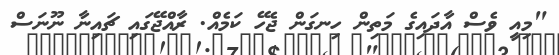
"މިއީ ވެސް އާދައިގެ މަތިން ހިނގަން ޖެހޭ ކަމެއް. ރާއްޖޭގައި ޗައިނާ ނޫނަސް